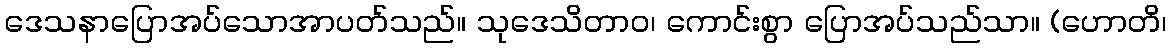
ဒေသနာပြောအပ်သောအာပတ်သည်။ သုဒေသိတာဝ၊ ကောင်းစွာ ပြောအပ်သည်သာ။ (ဟောတိ၊